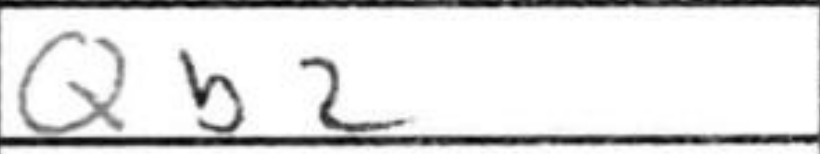
Transcription: Qb2